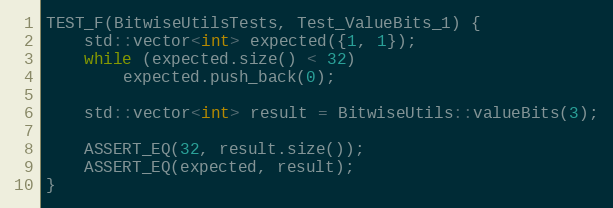
Language: C++
TEST_F(BitwiseUtilsTests, Test_ValueBits_1) {
    std::vector<int> expected({1, 1});
    while (expected.size() < 32)
        expected.push_back(0);

    std::vector<int> result = BitwiseUtils::valueBits(3);

    ASSERT_EQ(32, result.size());
    ASSERT_EQ(expected, result);
}